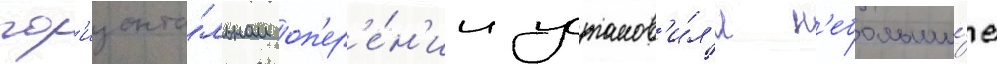
гор'изонта́льном оп'ер'е́н'ии установ'и́л'и н'ебольши́е